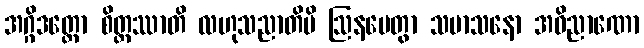
အဂ္ဂိဒတ္တော စိတ္တဿာတိ လဟုသညာတိပိ ဩနမေတွာ သမာသနော အဝိညာဏော